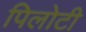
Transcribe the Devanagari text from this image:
पिलोटी